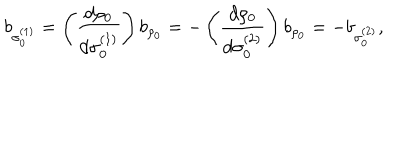
b _ { \sigma _ { 0 } ^ { ( 1 ) } } = \left( { \frac { d \rho _ { 0 } } { d \sigma _ { 0 } ^ { ( 1 ) } } } \right) b _ { \rho _ { 0 } } = - \left( { \frac { d \rho _ { 0 } } { d \sigma _ { 0 } ^ { ( 2 ) } } } \right) b _ { \rho _ { 0 } } = - b _ { \sigma _ { 0 } ^ { ( 2 ) } } ,